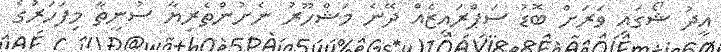
އީދު ޝޯގައި ވަރަށް ބޮޑު ސަޕްރައިޒެއް ދޭނެ މަޝްހޫރު ނެށުންތެރިޔާ ސުނީތާ މިފަހަރުގެ